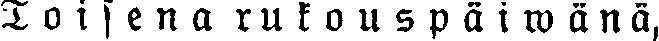
Toisena rukouspäiwänä,